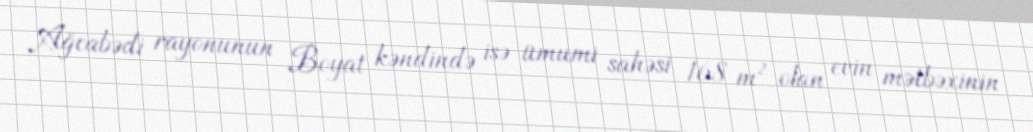
Ağcabədi rayonunun Boyat kəndində isə ümumi sahəsi 168 m² olan evin mətbəxinin